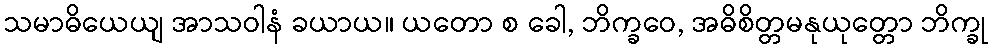
သမာဓိယေယျ အာသဝါနံ ခယာယ။ ယတော စ ခေါ, ဘိက္ခဝေ, အဓိစိတ္တမနုယုတ္တော ဘိက္ခု